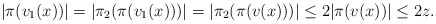
\begin{align*}|\pi(v_1(x))|=|\pi_2(\pi(v_1(x)))|=|\pi_2(\pi(v(x)))| \le 2|\pi(v(x))|\le 2z. \end{align*}